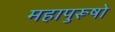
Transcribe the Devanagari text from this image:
महापुरूषो